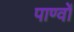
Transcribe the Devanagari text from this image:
पाण्वों